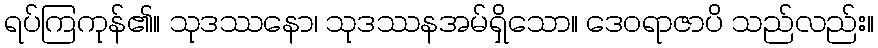
ရပ်ကြကုန်၏။ သုဒဿနော၊ သုဒဿနအမ်ရှိသော။ ဒေဝရာဇာပိ သည်လည်း။